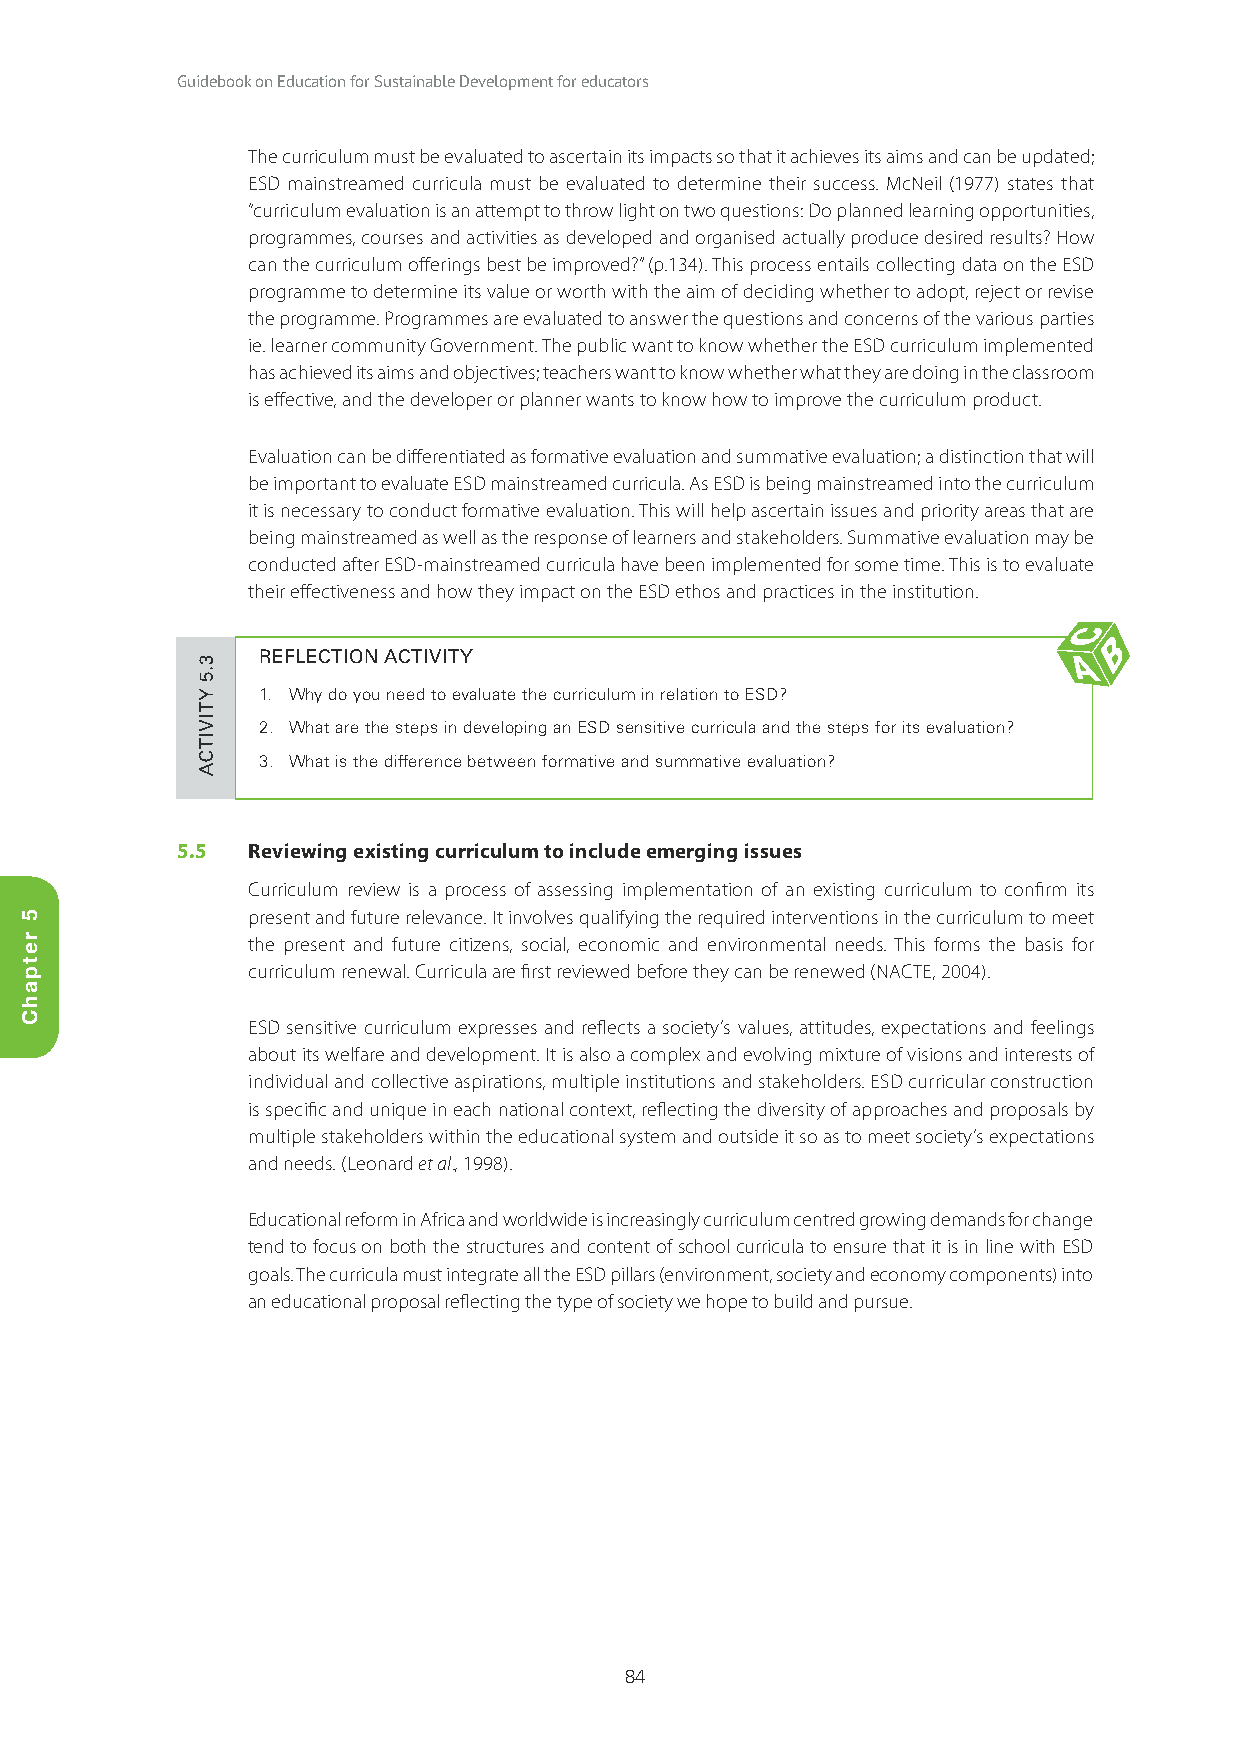
Guidebook on Education for Sustainable Development for educators
 The curriculum must be evaluated to ascertain its impacts so that it achieves its aims and can be updated;
 ESD mainstreamed curricula must be evaluated to determine their success. McNeil (1977) states that
 “curriculum evaluation is an attempt to throw light on two questions: Do planned learning opportunities,
 programmes, courses and activities as developed and organised actually produce desired results? How
 can the curriculum offerings best be improved?” (p.134). This process entails collecting data on the ESD
 programme to determine its value or worth with the aim of deciding whether to adopt, reject or revise
 the programme. Programmes are evaluated to answer the questions and concerns of the various parties
 ie. learner community Government. The public want to know whether the ESD curriculum implemented
 has achieved its aims and objectives; teachers want to know whether what they are doing in the classroom
 is effective, and the developer or planner wants to know how to improve the curriculum product.
 Evaluation can be differentiated as formative evaluation and summative evaluation; a distinction that will
 be important to evaluate ESD mainstreamed curricula. As ESD is being mainstreamed into the curriculum
 it is necessary to conduct formative evaluation. This will help ascertain issues and priority areas that are
 being mainstreamed as well as the response of learners and stakeholders. Summative evaluation may be
 conducted after ESD-mainstreamed curricula have been implemented for some time. This is to evaluate
 their effectiveness and how they impact on the ESD ethos and practices in the institution.
 REFLECTION ACTIVITY
 1. Why do you need to evaluate the curriculum in relation to ESD?
 2. What are the steps in developing an ESD sensitive curricula and the steps for its evaluation?
 3. What is the difference between formative and summative evaluation?
 5.5 Reviewing existing curriculum to include emerging issues
 Curriculum review is a process of assessing implementation of an existing curriculum to confirm its
 present and future relevance. It involves qualifying the required interventions in the curriculum to meet
 the present and future citizens, social, economic and environmental needs. This forms the basis for
 curriculum renewal. Curricula are first reviewed before they can be renewed (NACTE, 2004).
 ESD sensitive curriculum expresses and reflects a society’s values, attitudes, expectations and feelings
 about its welfare and development. It is also a complex and evolving mixture of visions and interests of
 individual and collective aspirations, multiple institutions and stakeholders. ESD curricular construction
 is specific and unique in each national context, reflecting the diversity of approaches and proposals by
 multiple stakeholders within the educational system and outside it so as to meet society’s expectations
 and needs. (Leonard et al., 1998).
 Educational reform in Africa and worldwide is increasingly curriculum centred growing demands for change
 tend to focus on both the structures and content of school curricula to ensure that it is in line with ESD
 goals. The curricula must integrate all the ESD pillars (environment, society and economy components) into
 an educational proposal reflecting the type of society we hope to build and pursue.
 84
 5
 retpahC
 3.5
 YTIVITCA